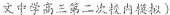
文中学高三第二次校内模拟)